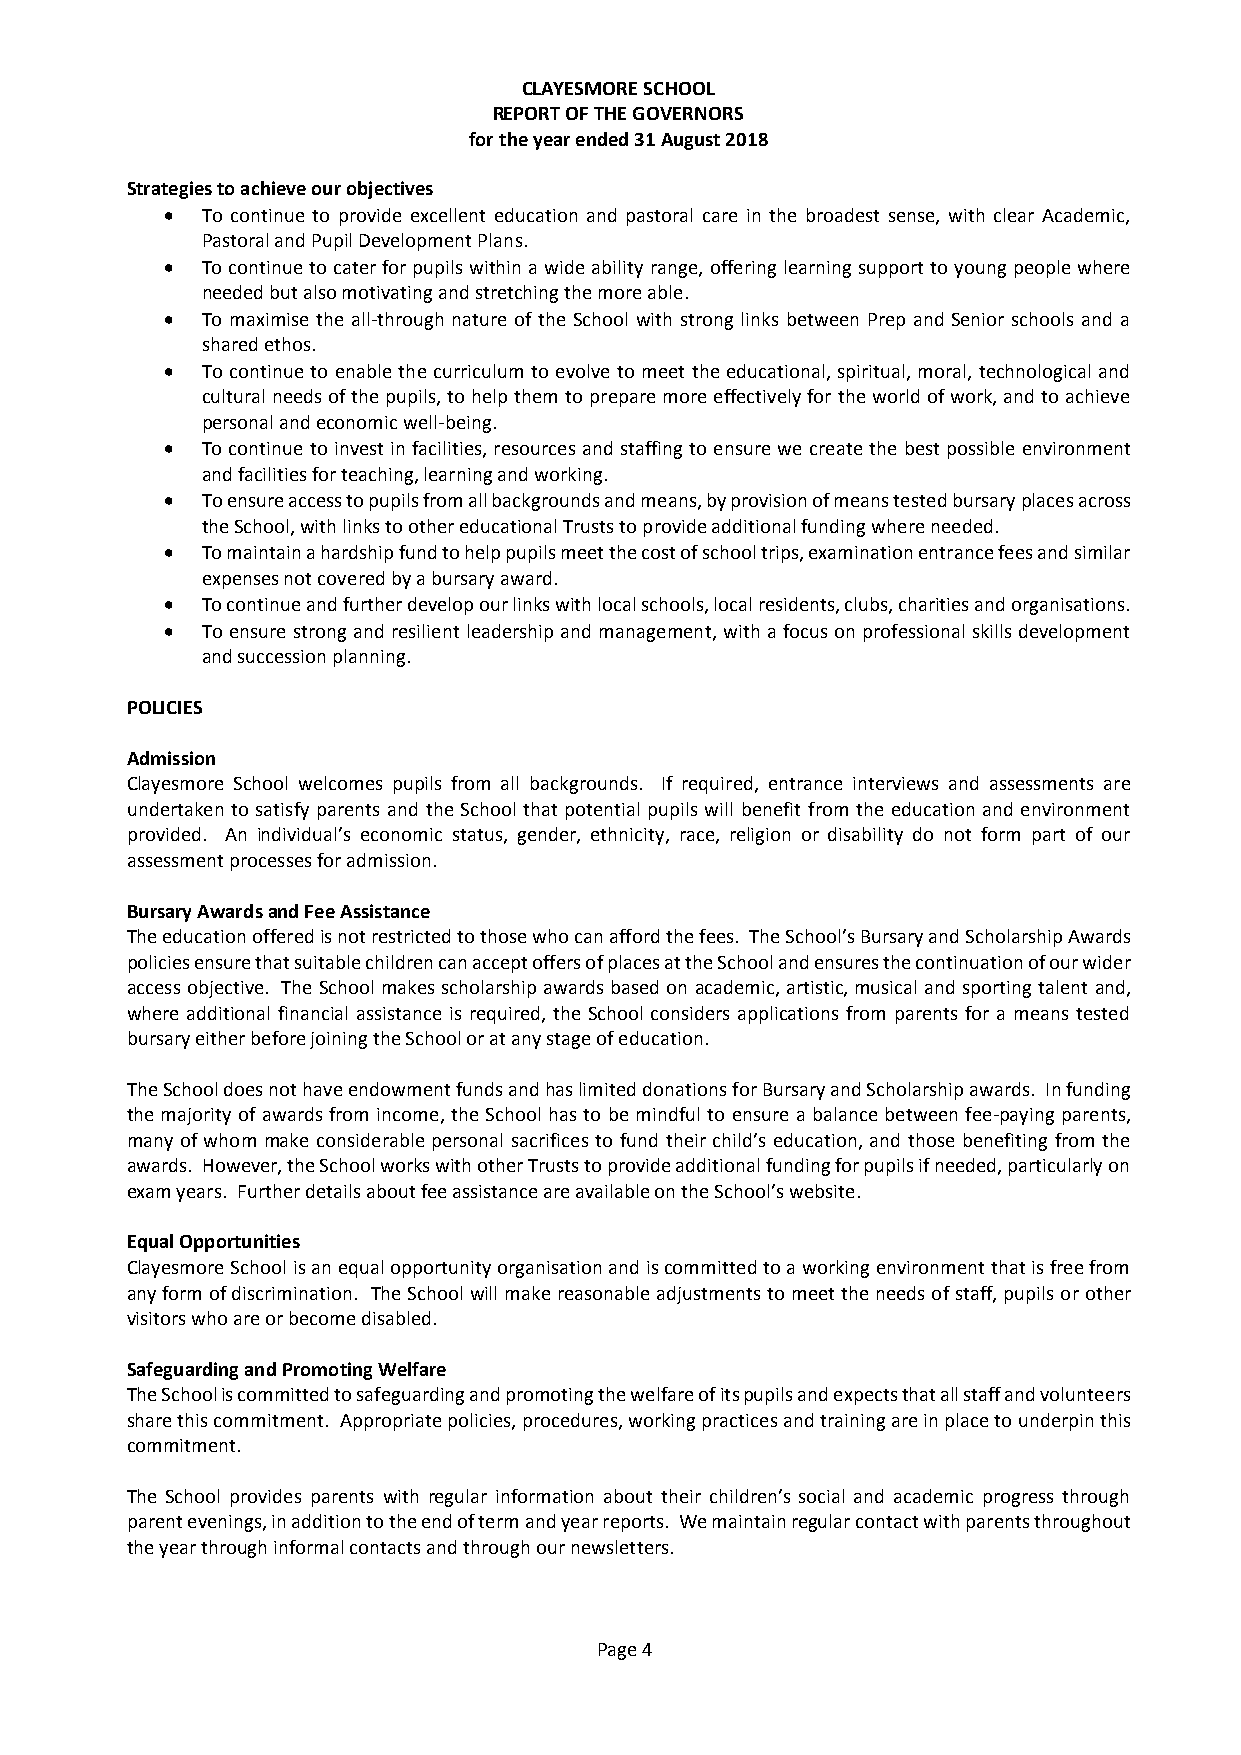
CLAYESMORE SCHOOL
 REPORT OF THE GOVERNORS
 for the year ended 31 August 2018
 Strategies to achieve our objectives
 • To continue to provide excellent education and pastoral care in the broadest sense, with clear Academic,
 Pastoral and Pupil Development Plans.
 • To continue to cater for pupils within a wide ability range, offering learning support to young people where
 needed but also motivating and stretching the more able.
 • To maximise the all-through nature of the School with strong links between Prep and Senior schools and a
 shared ethos.
 • To continue to enable the curriculum to evolve to meet the educational, spiritual, moral, technological and
 cultural needs of the pupils, to help them to prepare more effectively for the world of work, and to achieve
 personal and economic well-being.
 • To continue to invest in facilities, resources and staffing to ensure we create the best possible environment
 and facilities for teaching, learning and working.
 • To ensure access to pupils from all backgrounds and means, by provision of means tested bursary places across
 the School, with links to other educational Trusts to provide additional funding where needed.
 • To maintain a hardship fund to help pupils meet the cost of school trips, examination entrance fees and similar
 expenses not covered by a bursary award.
 • To continue and further develop our links with local schools, local residents, clubs, charities and organisations.
 • To ensure strong and resilient leadership and management, with a focus on professional skills development
 and succession planning.
 POLICIES
 Admission
 Clayesmore School welcomes pupils from all backgrounds. If required, entrance interviews and assessments are
 undertaken to satisfy parents and the School that potential pupils will benefit from the education and environment
 provided. An individual’s economic status, gender, ethnicity, race, religion or disability do not form part of our
 assessment processes for admission.
 Bursary Awards and Fee Assistance
 The education offered is not restricted to those who can afford the fees. The School’s Bursary and Scholarship Awards
 policies ensure that suitable children can accept offers of places at the School and ensures the continuation of our wider
 access objective. The School makes scholarship awards based on academic, artistic, musical and sporting talent and,
 where additional financial assistance is required, the School considers applications from parents for a means tested
 bursary either before joining the School or at any stage of education.
 The School does not have endowment funds and has limited donations for Bursary and Scholarship awards. In funding
 the majority of awards from income, the School has to be mindful to ensure a balance between fee-paying parents,
 many of whom make considerable personal sacrifices to fund their child’s education, and those benefiting from the
 awards. However, the School works with other Trusts to provide additional funding for pupils if needed, particularly on
 exam years. Further details about fee assistance are available on the School’s website.
 Equal Opportunities
 Clayesmore School is an equal opportunity organisation and is committed to a working environment that is free from
 any form of discrimination. The School will make reasonable adjustments to meet the needs of staff, pupils or other
 visitors who are or become disabled.
 Safeguarding and Promoting Welfare
 The School is committed to safeguarding and promoting the welfare of its pupils and expects that all staff and volunteers
 share this commitment. Appropriate policies, procedures, working practices and training are in place to underpin this
 commitment.
 The School provides parents with regular information about their children’s social and academic progress through
 parent evenings, in addition to the end of term and year reports. We maintain regular contact with parents throughout
 the year through informal contacts and through our newsletters.
 Page 4